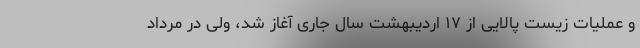
و عملیات زیست پالایی از ۱۷ اردیبهشت سال جاری آغاز شد، ولی در مرداد